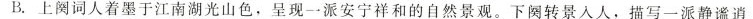
B.上阕词人着墨于江南湖光山色，呈现一派安宁祥和的自然景观。下阕转景入人，描写一派静谧逍